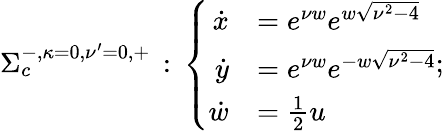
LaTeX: \begin{array}{r}{\Sigma_{c}^{-,{\kappa=}0,{\nu^{\prime}=0},+}\, :\, \left\{ \begin{array}{rl}{\dot{x}}&{=e^{\nu w}e^{w\sqrt{\nu^{2}-4}}}\\ {\dot{y}}&{=e^{\nu w}e^{-w\sqrt{\nu^{2}-4}}}\\ {\dot{w}}&{=\frac{1}{2}u}\end{array}\right.;}\end{array}